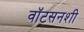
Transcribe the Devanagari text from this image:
वॉटसनशी